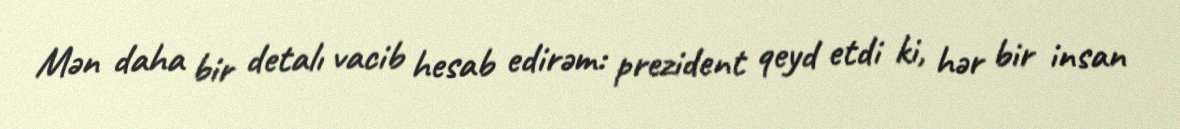
Mən daha bir detalı vacib hesab edirəm: prezident qeyd etdi ki, hər bir insan